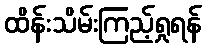
ထိန်းသိမ်းကြည့်ရှုရန်